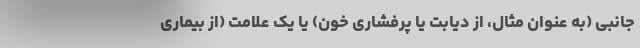
جانبی (به عنوان مثال، از دیابت یا پرفشاری خون) یا یک علامت (از بیماری